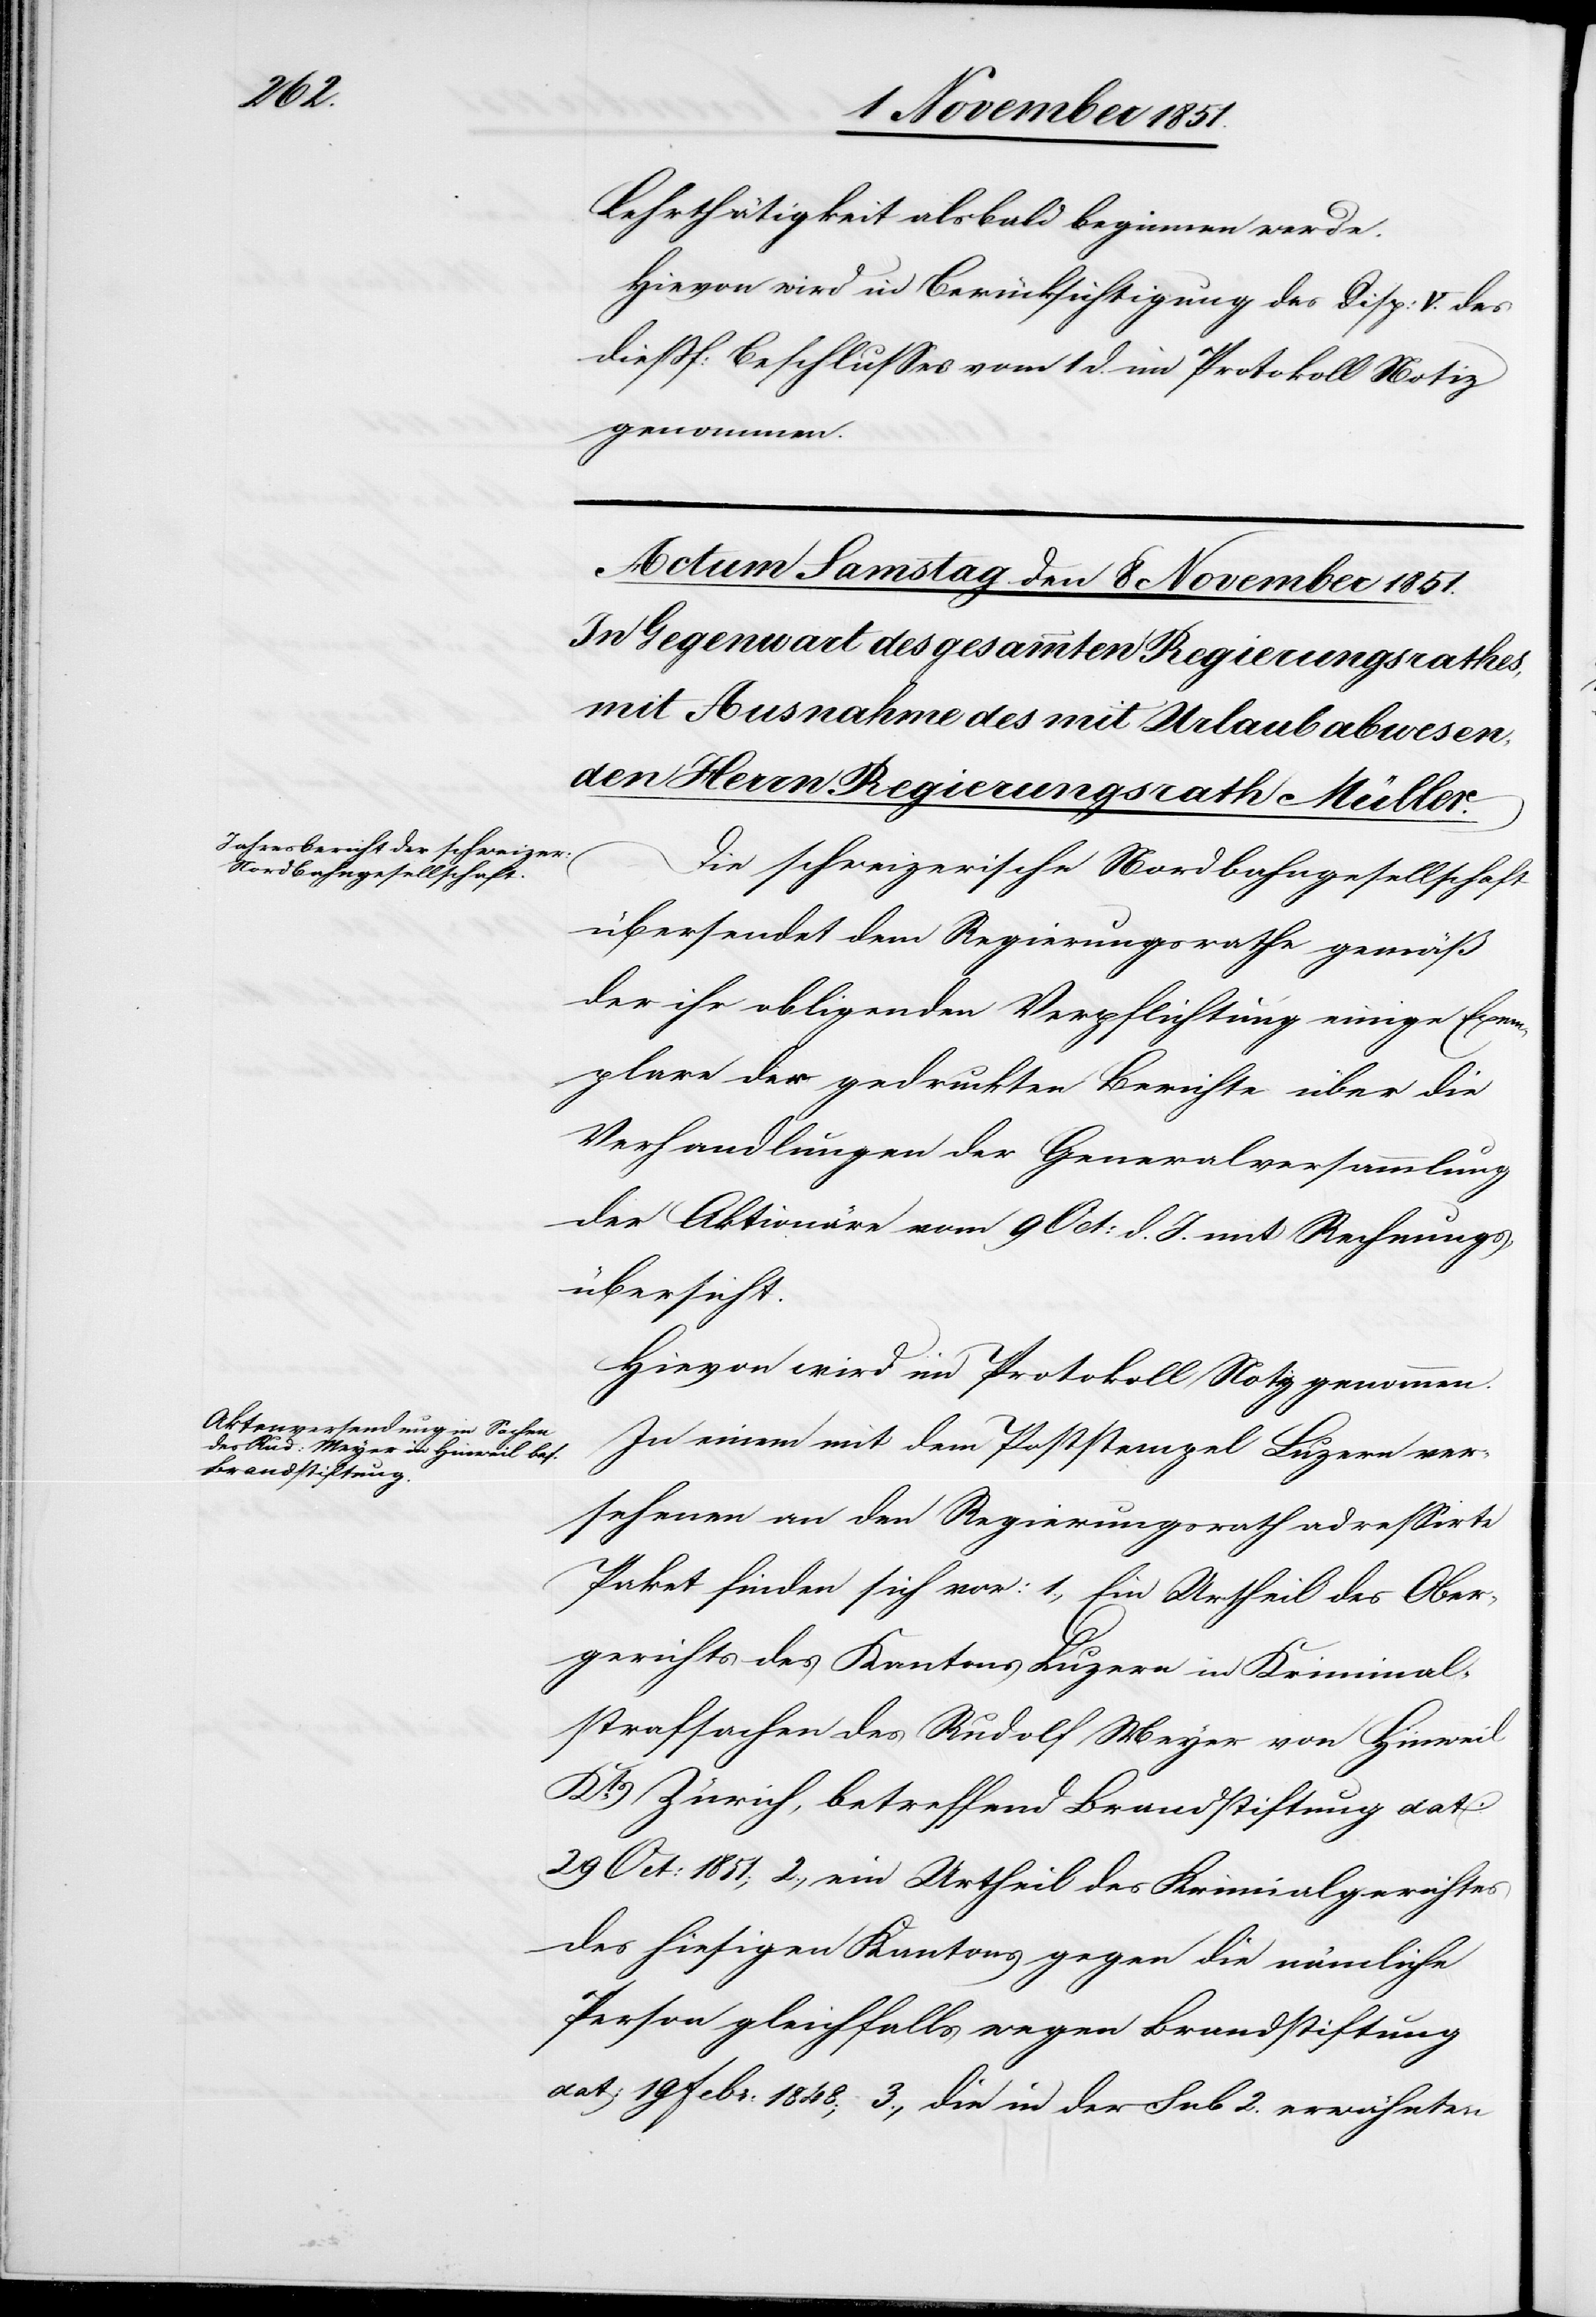
Lehrthätigkeit alsbald beginnen werde.
Hievon wird in Berücksichtigung des Disp: V. des
dießf: Beschlusses vom 1 d. im Protokoll Notiz
genommen.
Die schweizerische Nordbahngesellschaft
übersendet dem Regierungsrathe gemäß
der ihr obli[e]genden Verpflichtung einige Exem¬
plare der gedruckten Berichte über die
Verhandlungen der Generalversammlung
der Aktionäre vom 9 Oct: d. J. mit Rechnungs¬
übersicht.
Hievon wird im Protokoll Notiz genommen.
In einem mit dem Poststempel Luzern ver¬
sehenen an den Regierungsrath adressirte[n]
Paket finden sich vor: 1., Ein Urtheil des Ober¬
gerichts des Kantons Luzern in Kriminal¬
strafsachen des Rudolf Meyer von Hinweil
Kts. Zürich, betreffend Brandstiftung dat:
29 Oct: 1851., 2., ein Urtheil des Krimi[n]algerichtes
des hiesigen Kantons gegen die nämliche
Person gleichfalls wegen Brandstiftung
dat: 19 Febr: 1848; 3., die in der sub 2. erwähnten